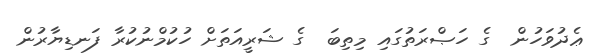
ޢެދުވަހުން  ގެ ހަޞްރަތުގައި މިތިބަ  ގެ ޝަރީއަތަށް ހުކުމްނުކުރާ ފަނޑިޔާރުން